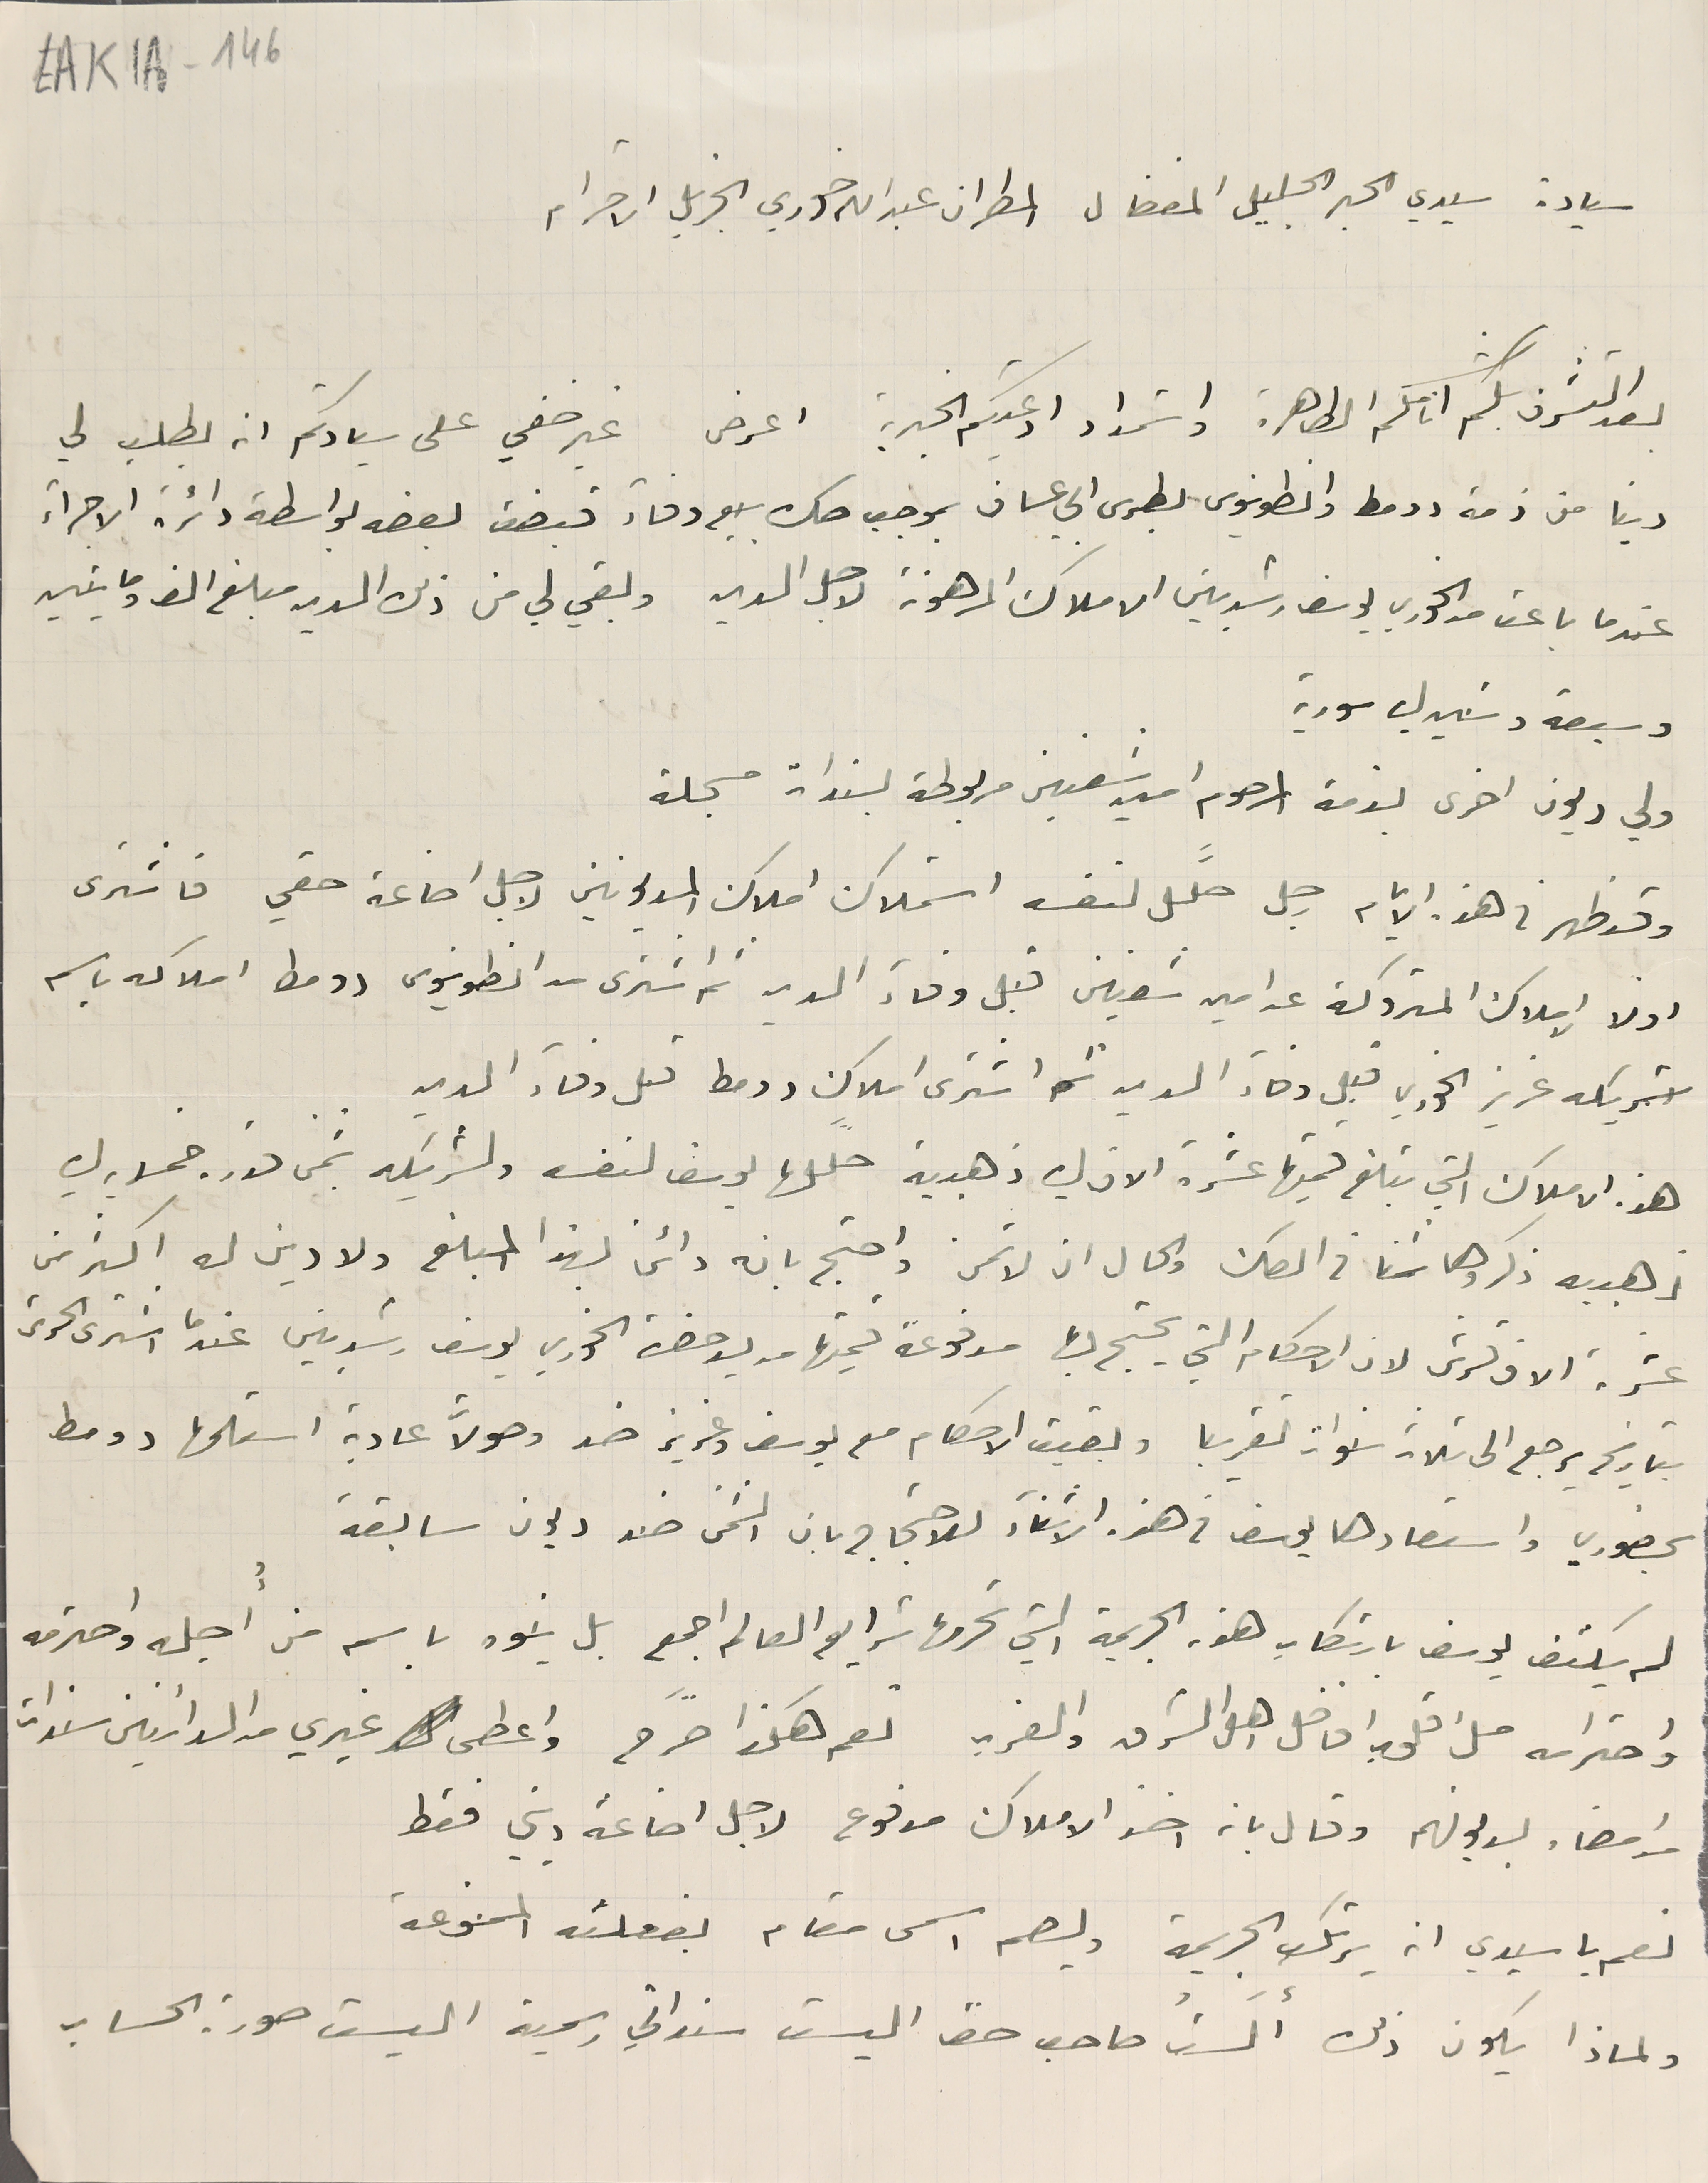
EAK1A-146
سيادة سيدي الحبر الجليل المفضال المطران عبدالله خوري الجزيل الاحترام
بعد التشرف بلثم اناملكم الطاهرة واسَتمداد ادعيتكم الخيرية اعرض غير خفي على سيادتكم انه بطلب لي
 دينا من ذمة دومط وانطونيوس بطرس ابي عساف بموجب صك بيع وفآء قبضت بعضه بواسطة دائرة الاجرآء
عندما باعت من الخوري يوسف رشدبين الاملاك المرهونة لاجل المدين وبقي لي من ذلك المدين مبلغ الف ومايتين
 وسبعة وستين ليره سورية
 ولي ديون اخرى بذمة المرحوم امين شعنين مربوطة بسندات مسجلة
 وقد ظهر فى هذه الايام رجل حلَّل لنفسه استملاك املاك المديونين لاجل اضاعة حقي فاشترى
 اولا الاملاك المتروكة عن امين شعنين قبل وفاء الدين ثم اشترى من انطونيوس دومط املاكه باسم
شريكه عزيز الخوري قبل وفاء الدين ثم اشترى املاك دومط قبل وفاء الدين
هذه الاملاك التي تبلغ قيمتها عشرة الاف ليره ذهبية حلّلها يوسف لنفسه ولشريكه بثمن قدره خمسون ليره
 ذهبيه ذكروها ثمنا فى الصك والحال ان لا تمن واحتج بانه دائن بهذا المبلغ ولا دين له اكثر من
عشرة الاف غرش لان الاحكام التي يحتج بها مدفوعة قيمتها من يد حضرة الخوري يوسف رشديين عندما اشترى الحرش
بتاريخ يرجع الى ثلاث سنوات تقريبا وبقيت الاحكام مع يوسف وعزيز ضد وصولات عادية استلمها دومط
بحضوري واستعادها يوسف فى هذه الاثنآء للاحتجاج بان الثمن ضد ديون سابقة
 لم يكتف يوسف بارتكاب هذ الجريمة التي تحرمها شرايع العالم اجمع بل ينوه باسم من أجله واحترمه
واحترامه ملء قلوب افاضل اهل الشرق والغرب نعم هكذا صرَّح واعطى غيري من الدائنين سندات
 من امضاء بديونهم وقال بانه اخذ الاملاك مدفوع لاجل اضاعة ديني فقط
 نعم يا سيدي انه يرتكب الجريمة وليصم اسمى مقام بفعلته الممنوعة
 ولماذا يكون ذلك ألَستُ صاحب حق اليست سنداتي رسمية اليست صورة الحساب